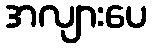
အလျားပေ